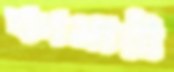
কাসারী